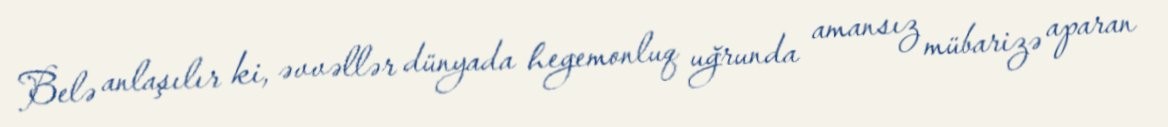
Belə anlaşılır ki, əvvəllər dünyada hegemonluq uğrunda amansız mübarizə aparan